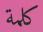
كلمة